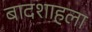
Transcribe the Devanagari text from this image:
बादशाहला